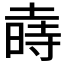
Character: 𱢑